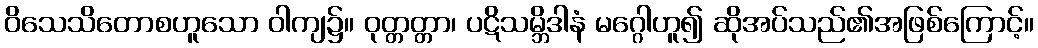
ဝိသေသိတောစဟူသော ဝါကျ၌။ ဝုတ္တတ္တာ၊ ပဋိသမ္ဘိဒါနံ မဂ္ဂေါဟူ၍ ဆိုအပ်သည်၏အဖြစ်ကြောင့်။